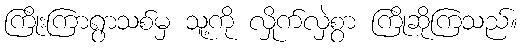
ကြိုးကြာရွာသစ်မှ သူ့ကို လှိုက်လှဲစွာ ကြိုဆိုကြသည်။